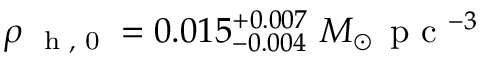
\rho _ { \mathrm { ~ \scriptsize ~ h ~ , ~ 0 ~ } } = 0 . 0 1 5 _ { - 0 . 0 0 4 } ^ { + 0 . 0 0 7 } ~ M _ { \odot } \, \mathrm { ~ p ~ c ~ } ^ { - 3 }